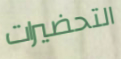
التحضيرات